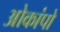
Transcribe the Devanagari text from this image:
ओकांपो